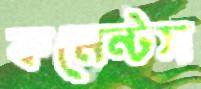
কমেন্টস